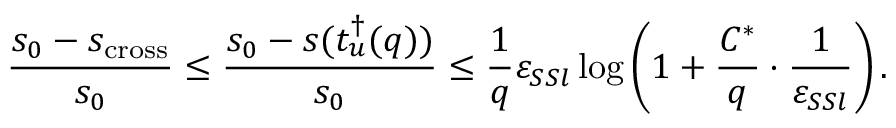
\frac { s _ { 0 } - s _ { \mathrm { c r o s s } } } { s _ { 0 } } \leq \frac { s _ { 0 } - s ( t _ { u } ^ { \dagger } ( q ) ) } { s _ { 0 } } \leq \frac { 1 } { q } \varepsilon _ { S S l } \log \left( 1 + \frac { C ^ { * } } { q } \cdot \frac { 1 } { \varepsilon _ { S S l } } \right) .